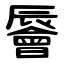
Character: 䢈